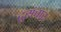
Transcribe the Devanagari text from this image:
दूसंचार